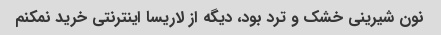
نون شیرینی خشک و ترد بود، دیگه از لاریسا اینترنتی خرید نمکنم